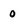
Character: 0